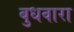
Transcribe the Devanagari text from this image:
बुधवारा